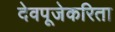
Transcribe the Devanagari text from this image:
देवपूजेकरिता